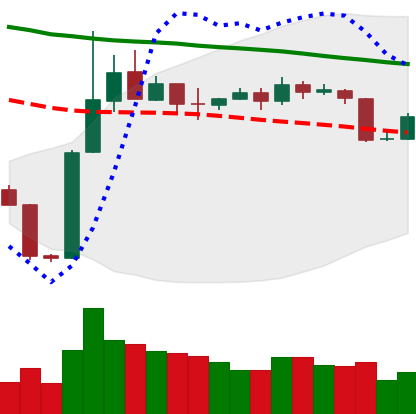
Ticker: BTC-USD
Chart end date: 2019-11-10
Forward return: -6.223%
Label: down_5_7